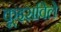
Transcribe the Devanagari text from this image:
कूइसविले